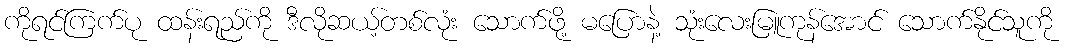
ကိုရင်ကြက်ပု ထန်းရည်ကို ဒီလိုဆယ့်တစ်လုံး သောက်ဖို့ မပြောနဲ့ သုံးလေးမြူကုန်အောင် သောက်နိုင်သူကို